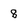
Character: 8